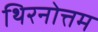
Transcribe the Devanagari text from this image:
थिरनोत्तम